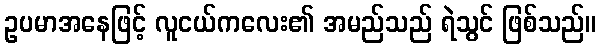
ဥပမာအနေဖြင့် လူငယ်ကလေး၏ အမည်သည် ရဲသွင် ဖြစ်သည်။